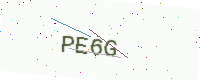
Text: PE6G